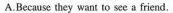
A.Because they want to see a friend.